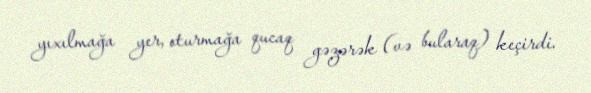
yıxılmağa yer, oturmağa qucaq gəzərək (və bularaq) keçirdi.